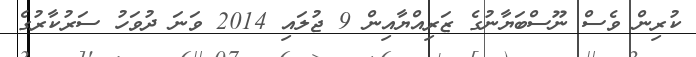
ކުރިން ވެސް ނޫސްބަޔާނުގެ ޒަރިއްޔާއިން 9 ޖުލައި 2014 ވަނަ ދުވަހު ސަރުކާރުގެ